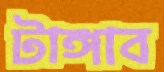
টাঙ্গাব